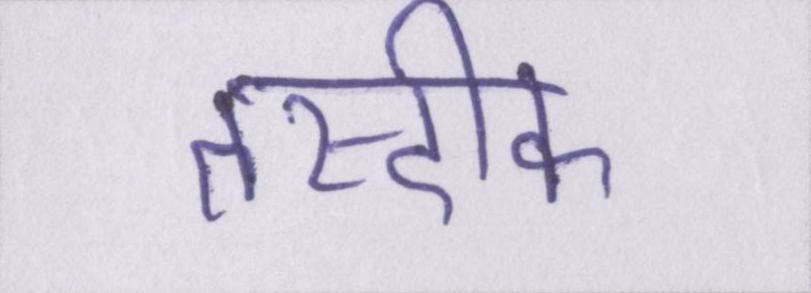
तस्दीक